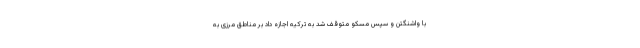
با واشنگتن و سپس مسکو متوقف شد به ترکیه اجازه داد بر مناطق مرزی به